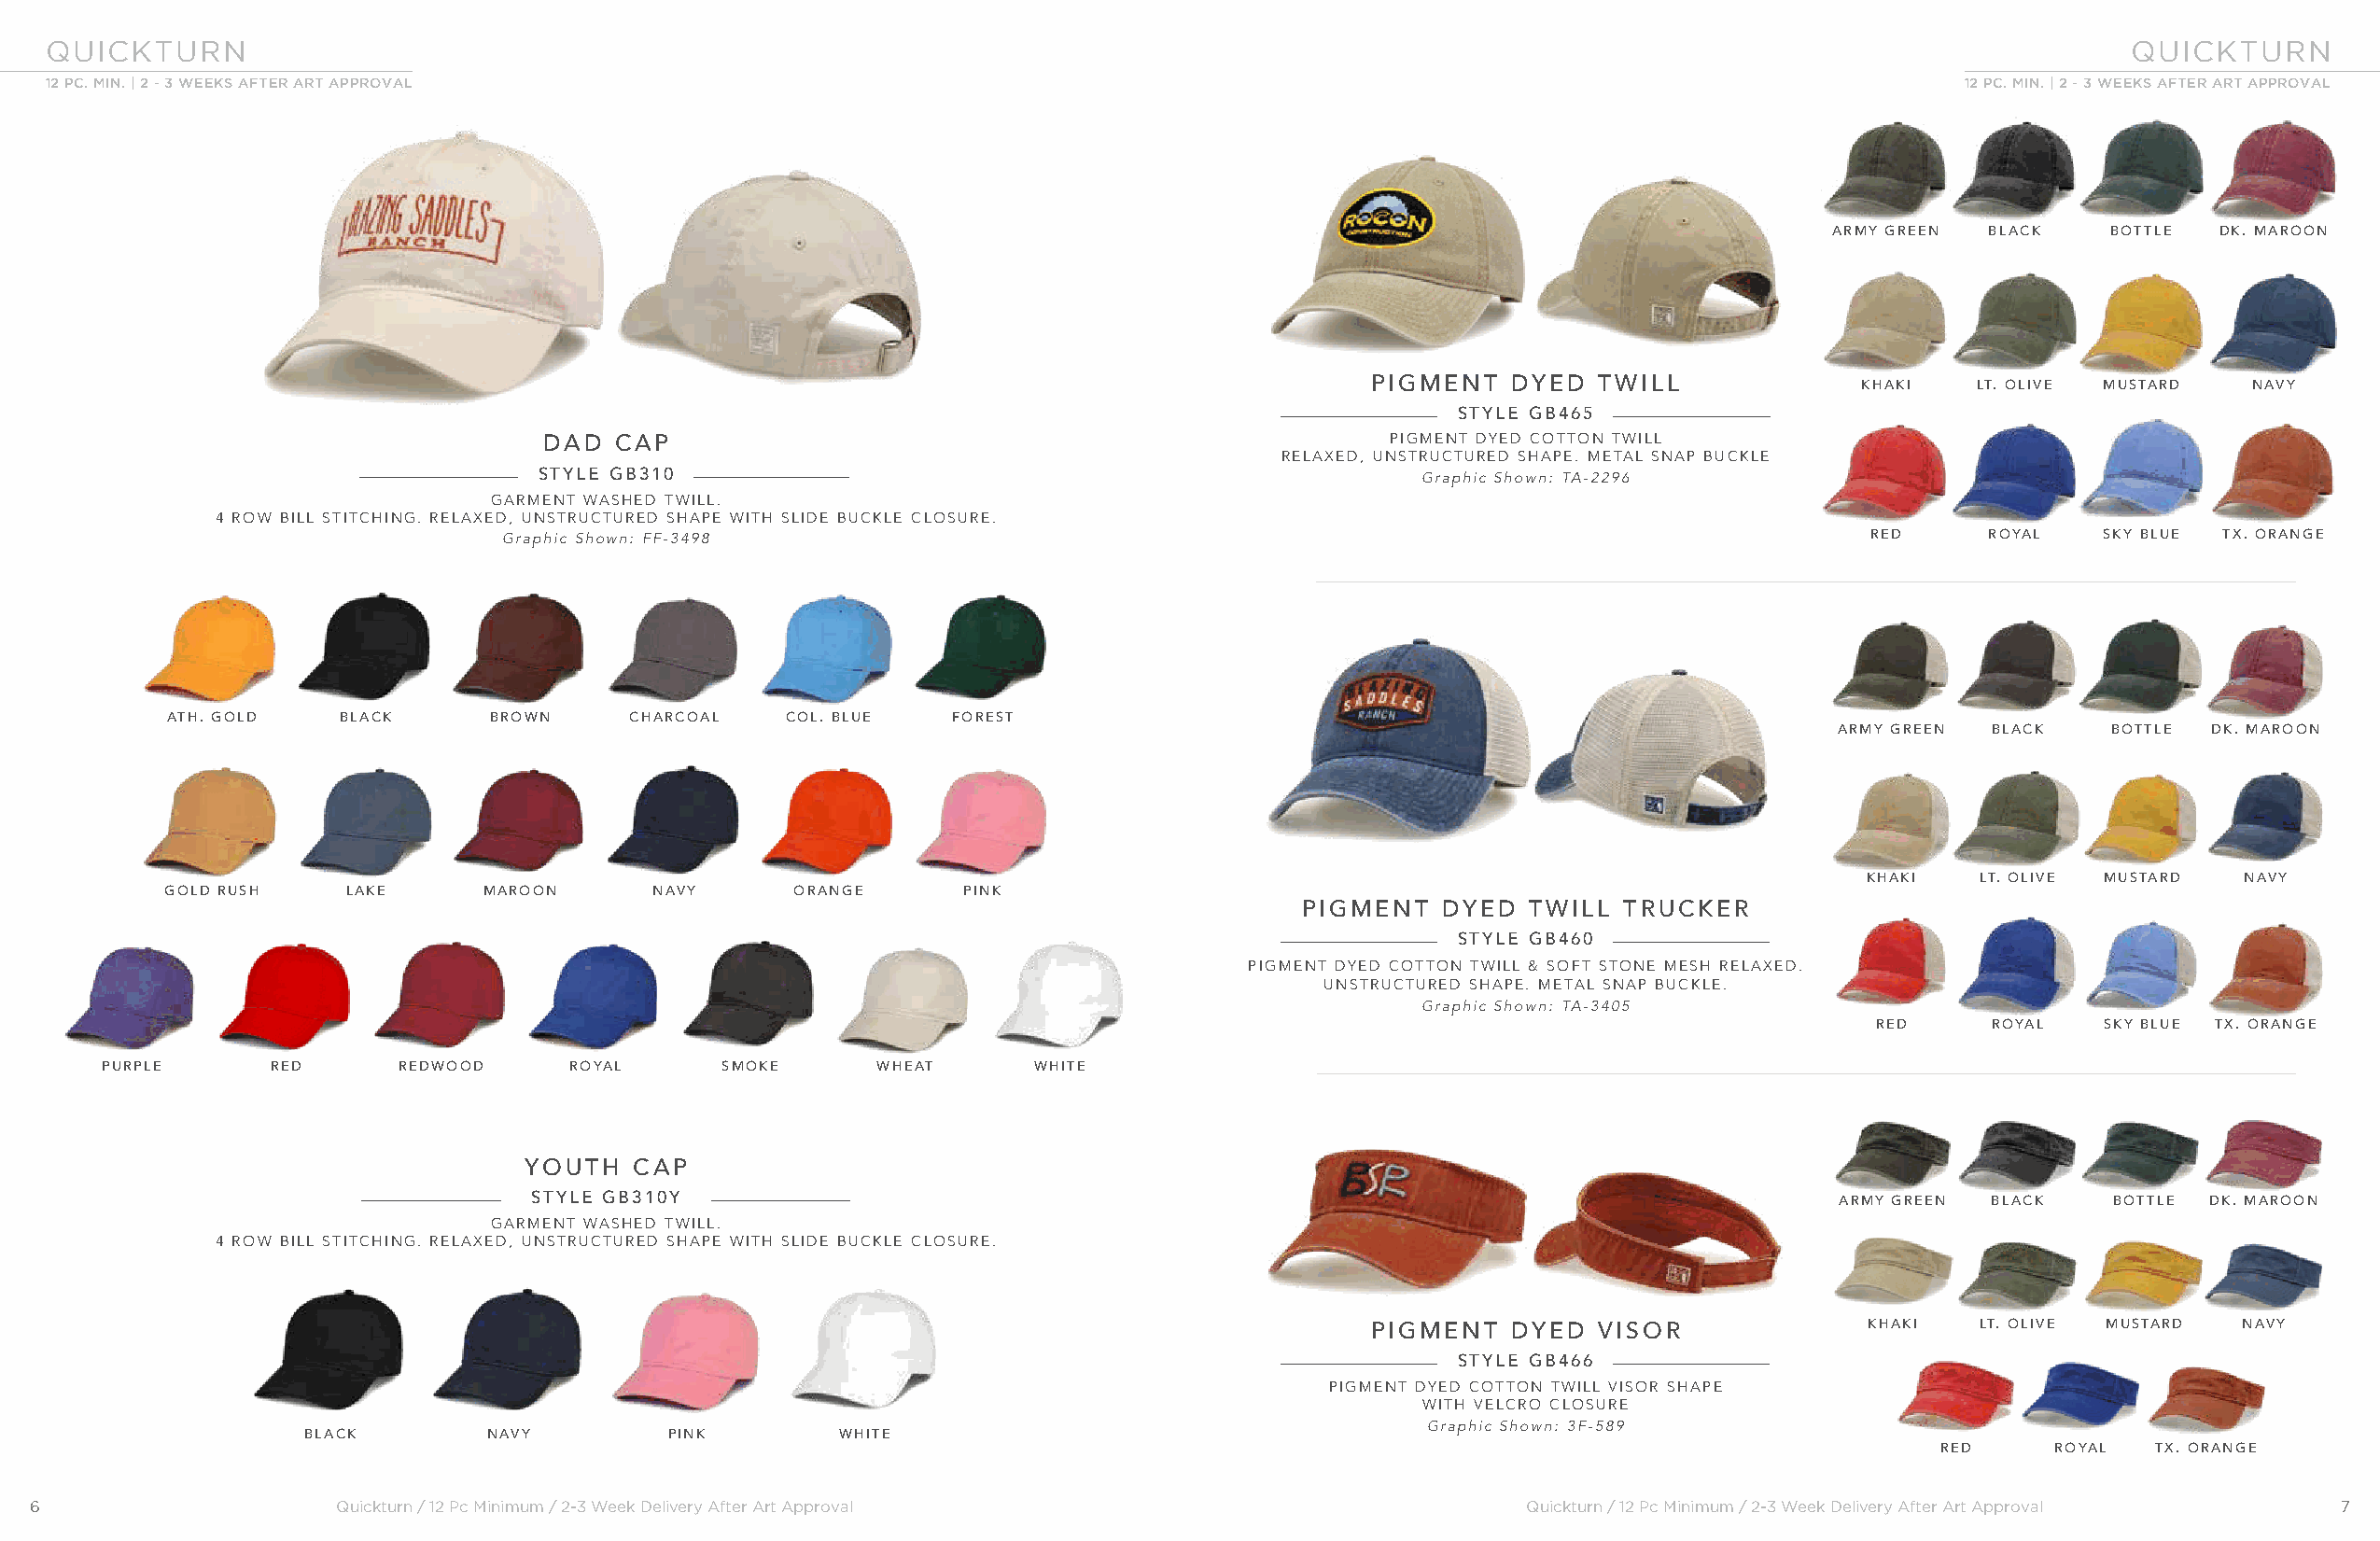
QUICKTURN                                                                                                                                           QUICKTURN
 12 PC. MIN. | 2 - 3 WEEKS AFTER ART APPROVAL                                                                                            12 PC. MIN. | 2 - 3 WEEKS AFTER ART APPROVAL
 ARMY GREEN BLACK    BOTTLE DK. MAROON
 PIGMENT   DYED  TWILL              KHAKI   LT. OLIVE MUSTARD   NAVY
 STYLE GB465
 DAD  CAP                                                    PIGMENT DYED COTTON TWILL
 RELAXED, UNSTRUCTURED SHAPE. METAL SNAP BUCKLE
 STYLE GB310                                                    Graphic Shown: TA-2296
 GARMENT WASHED TWILL.
 4 ROW BILL STITCHING. RELAXED, UNSTRUCTURED SHAPE WITH SLIDE BUCKLE CLOSURE.
 Graphic Shown: FF-3498                                                                           RED     ROYAL   SKY BLUE TX. ORANGE
 ATH. GOLD   BLACK      BROWN     CHARCOAL   COL. BLUE   FOREST
 ARMY GREEN BLACK    BOTTLE DK. MAROON
 KHAKI   LT. OLIVE MUSTARD  NAVY
 GOLD RUSH    LAKE     MAROON      NAVY      ORANGE      PINK
 PIGMENT   DYED  TWILL  TRUCKER
 STYLE GB460
 PIGMENT DYED COTTON TWILL & SOFT STONE MESH RELAXED.
 UNSTRUCTURED SHAPE. METAL SNAP BUCKLE.
 Graphic Shown: TA-3405
 RED     ROYAL   SKY BLUE TX. ORANGE
 PURPLE      RED      REDWOOD     ROYAL      SMOKE      WHEAT      WHITE
 YOUTH   CAP
 STYLE GB310Y                                                                                ARMY GREEN BLACK    BOTTLE DK. MAROON
 GARMENT WASHED TWILL.
 4 ROW BILL STITCHING. RELAXED, UNSTRUCTURED SHAPE WITH SLIDE BUCKLE CLOSURE.
 PIGMENT   DYED  VISOR              KHAKI   LT. OLIVE MUSTARD  NAVY
 STYLE GB466
 PIGMENT DYED COTTON TWILL VISOR SHAPE
 WITH VELCRO CLOSURE
 Graphic Shown: 3F-589
 BLACK        NAVY        PINK         WHITE
 RED     ROYAL  TX. ORANGE
 6                     Quickturn / 12 Pc Minimum / 2-3 Week Delivery After Art Approval                    Quickturn / 12 Pc Minimum / 2-3 Week Delivery After Art Approval 7